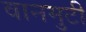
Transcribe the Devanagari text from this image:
वानमुटी